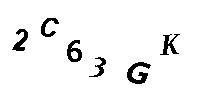
2C63GK